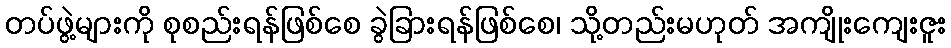
တပ်ဖွဲ့များကို စုစည်းရန်ဖြစ်စေ ခွဲခြားရန်ဖြစ်စေ၊ သို့တည်းမဟုတ် အကျိုးကျေးဇူး